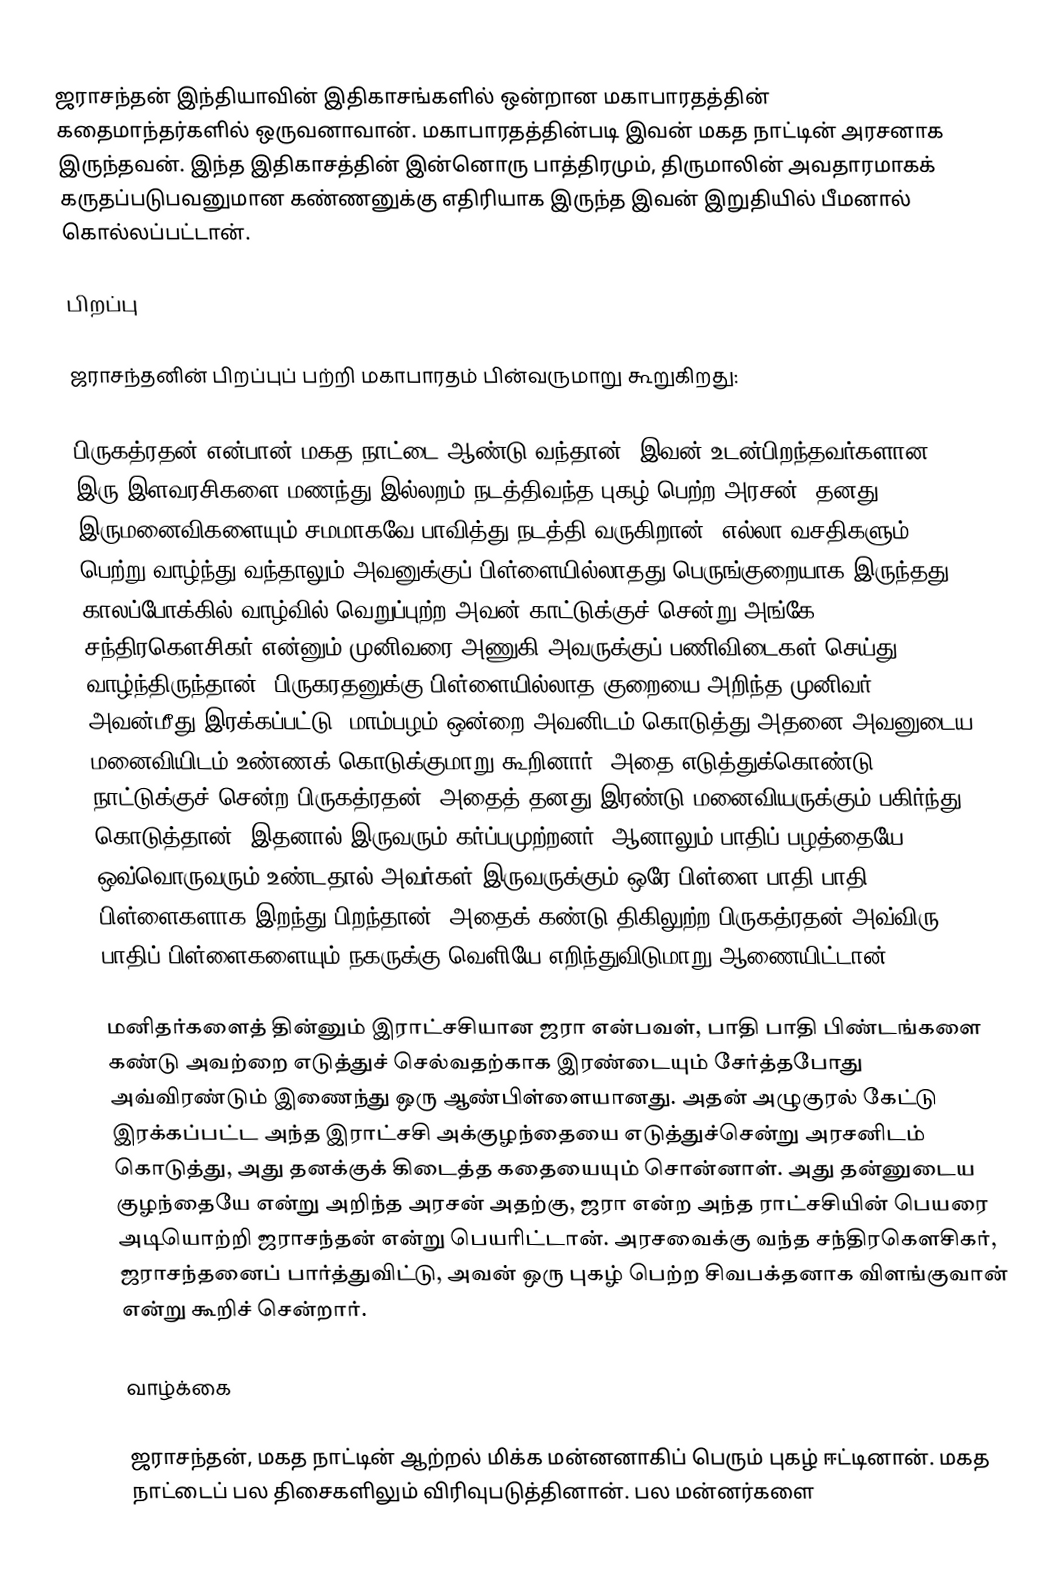
ஜராசந்தன் இந்தியாவின் இதிகாசங்களில் ஒன்றான மகாபாரதத்தின் கதைமாந்தர்களில் ஒருவனாவான். மகாபாரதத்தின்படி இவன் மகத நாட்டின் அரசனாக இருந்தவன். இந்த இதிகாசத்தின் இன்னொரு பாத்திரமும், திருமாலின் அவதாரமாகக் கருதப்படுபவனுமான கண்ணனுக்கு எதிரியாக இருந்த இவன் இறுதியில் பீமனால் கொல்லப்பட்டான்.

பிறப்பு

ஜராசந்தனின் பிறப்புப் பற்றி மகாபாரதம் பின்வருமாறு கூறுகிறது:

பிருகத்ரதன் என்பான் மகத நாட்டை ஆண்டு வந்தான். இவன் உடன்பிறந்தவர்களான இரு இளவரசிகளை மணந்து இல்லறம் நடத்திவந்த புகழ் பெற்ற அரசன். தனது இருமனைவிகளையும் சமமாகவே பாவித்து நடத்தி வருகிறான்.  எல்லா வசதிகளும் பெற்று வாழ்ந்து வந்தாலும் அவனுக்குப் பிள்ளையில்லாதது பெருங்குறையாக இருந்தது. காலப்போக்கில் வாழ்வில் வெறுப்புற்ற அவன் காட்டுக்குச் சென்று அங்கே சந்திரகௌசிகர் என்னும் முனிவரை அணுகி அவருக்குப் பணிவிடைகள் செய்து வாழ்ந்திருந்தான். பிருகரதனுக்கு பிள்ளையில்லாத   குறையை அறிந்த முனிவர் அவன்மீது இரக்கப்பட்டு, மாம்பழம் ஒன்றை அவனிடம் கொடுத்து அதனை அவனுடைய மனைவியிடம் உண்ணக் கொடுக்குமாறு கூறினார். அதை எடுத்துக்கொண்டு நாட்டுக்குச் சென்ற பிருகத்ரதன், அதைத் தனது இரண்டு மனைவியருக்கும் பகிர்ந்து கொடுத்தான். இதனால் இருவரும் கர்ப்பமுற்றனர். ஆனாலும் பாதிப் பழத்தையே ஒவ்வொருவரும் உண்டதால் அவர்கள் இருவருக்கும்  ஒரே பிள்ளை பாதி பாதி பிள்ளைகளாக இறந்து பிறந்தான். அதைக் கண்டு திகிலுற்ற பிருகத்ரதன் அவ்விரு பாதிப் பிள்ளைகளையும் நகருக்கு வெளியே எறிந்துவிடுமாறு ஆணையிட்டான்.

மனிதர்களைத் தின்னும் இராட்சசியான ஜரா என்பவள், பாதி பாதி பிண்டங்களை  கண்டு அவற்றை எடுத்துச் செல்வதற்காக இரண்டையும் சேர்த்தபோது அவ்விரண்டும் இணைந்து ஒரு ஆண்பிள்ளையானது. அதன் அழுகுரல் கேட்டு இரக்கப்பட்ட அந்த இராட்சசி அக்குழந்தையை எடுத்துச்சென்று அரசனிடம் கொடுத்து, அது தனக்குக் கிடைத்த கதையையும் சொன்னாள். அது தன்னுடைய குழந்தையே என்று அறிந்த அரசன் அதற்கு, ஜரா என்ற அந்த ராட்சசியின் பெயரை அடியொற்றி ஜராசந்தன் என்று பெயரிட்டான். அரசவைக்கு வந்த சந்திரகௌசிகர், ஜராசந்தனைப் பார்த்துவிட்டு, அவன் ஒரு புகழ் பெற்ற சிவபக்தனாக விளங்குவான் என்று கூறிச் சென்றார்.

வாழ்க்கை

ஜராசந்தன், மகத நாட்டின் ஆற்றல் மிக்க மன்னனாகிப் பெரும் புகழ் ஈட்டினான். மகத நாட்டைப் பல திசைகளிலும் விரிவுபடுத்தினான். பல மன்னர்களை